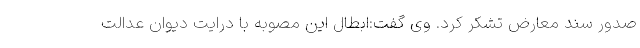
صدور سند معارض تشکر کرد. وی گفت:ابطال این مصوبه با درایت دیوان عدالت